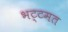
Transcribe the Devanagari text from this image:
भट्टमत